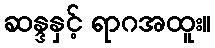
ဆန္ဒနှင့် ရာဂအထူး။